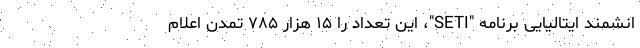
انشمند ایتالیایی برنامه "SETI"، این تعداد را ۱۵ هزار ۷۸۵ تمدن اعلام